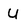
Character: u